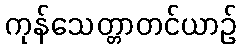
ကုန်သေတ္တာတင်ယာဉ်